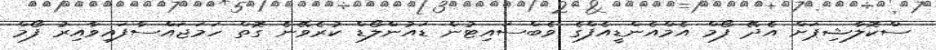
ސްކޮލާޝިޕަށް އެެދޭ ފޯމް އެމްއެންޑީއެފްގެ ވެބްސައިޓުން ޑައުންލޯޑް ކުރެވޭނެ ގޮތް ހަަމަޖައްސާފައިވާއިރު ފޯމް